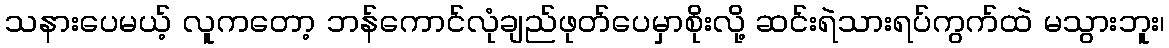
သနားပေမယ့် လူကတော့ ဘန်ကောင်လုံချည်ဖုတ်ပေမှာစိုးလို့ ဆင်းရဲသားရပ်ကွက်ထဲ မသွားဘူး၊